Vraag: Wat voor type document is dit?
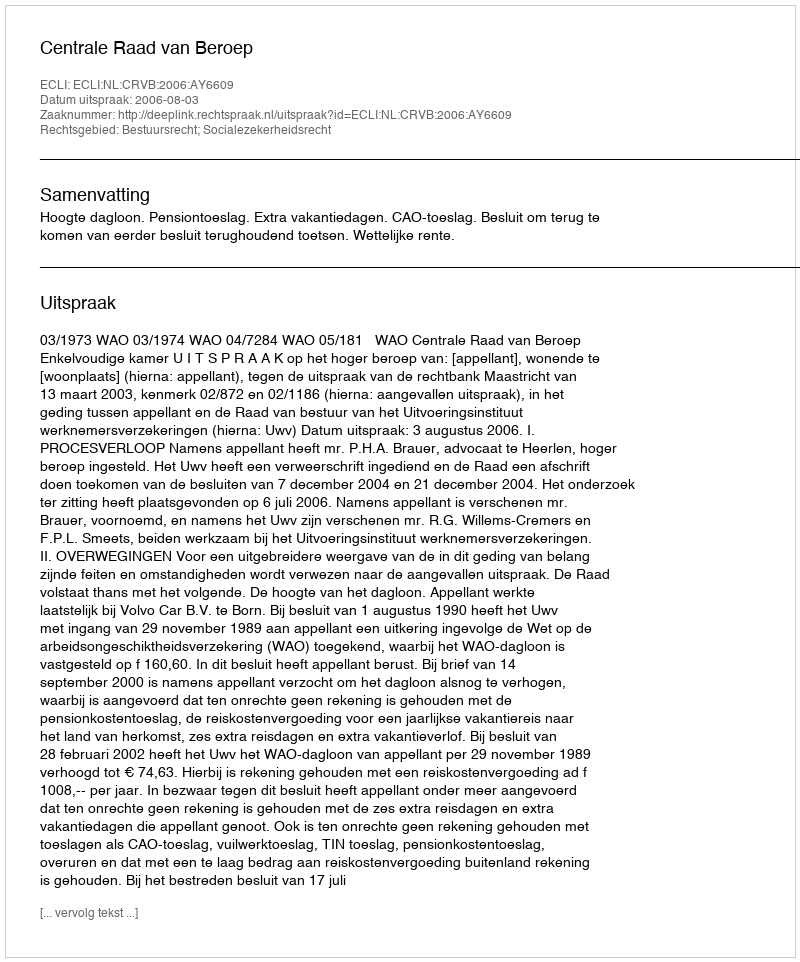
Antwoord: Uitspraak